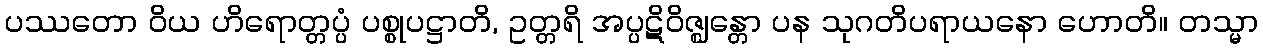
ပဿတော ဝိယ ဟိရောတ္တပ္ပံ ပစ္စုပဋ္ဌာတိ, ဥတ္တရိ အပ္ပဋိဝိဇ္ဈန္တော ပန သုဂတိပရာယနော ဟောတိ။ တသ္မာ